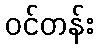
ဝင်တန်း